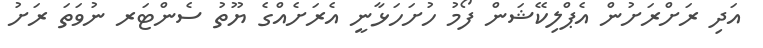
އަދި ރަށްރަށުން އެޕްލިކޭޝަން ފޯމު ހުށަހަޅާނީ އެރަށެއްގެ ޔޫތު ސެންޓަރ ނުވަތަ ރަށު